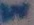
Text: IN